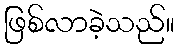
ဖြစ်လာခဲ့သည်။